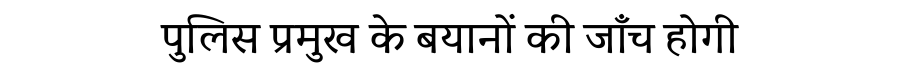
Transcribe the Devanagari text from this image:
पुलिस प्रमुख के बयानों की जाँच होगी